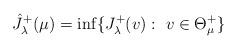
LaTeX: \begin{align*}\hat{J}_\lambda^+(\mu)=\inf \{J_\lambda^+(v):\ v\in \Theta_{\mu}^+\}\end{align*}